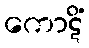
ကောဋိံ